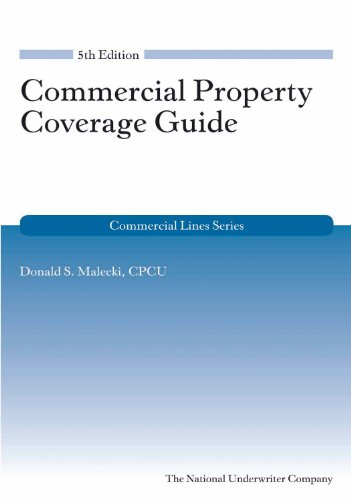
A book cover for Commercial Property Coverage Guide (Commercial Lines); Donald S. Malecki; Business & Money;